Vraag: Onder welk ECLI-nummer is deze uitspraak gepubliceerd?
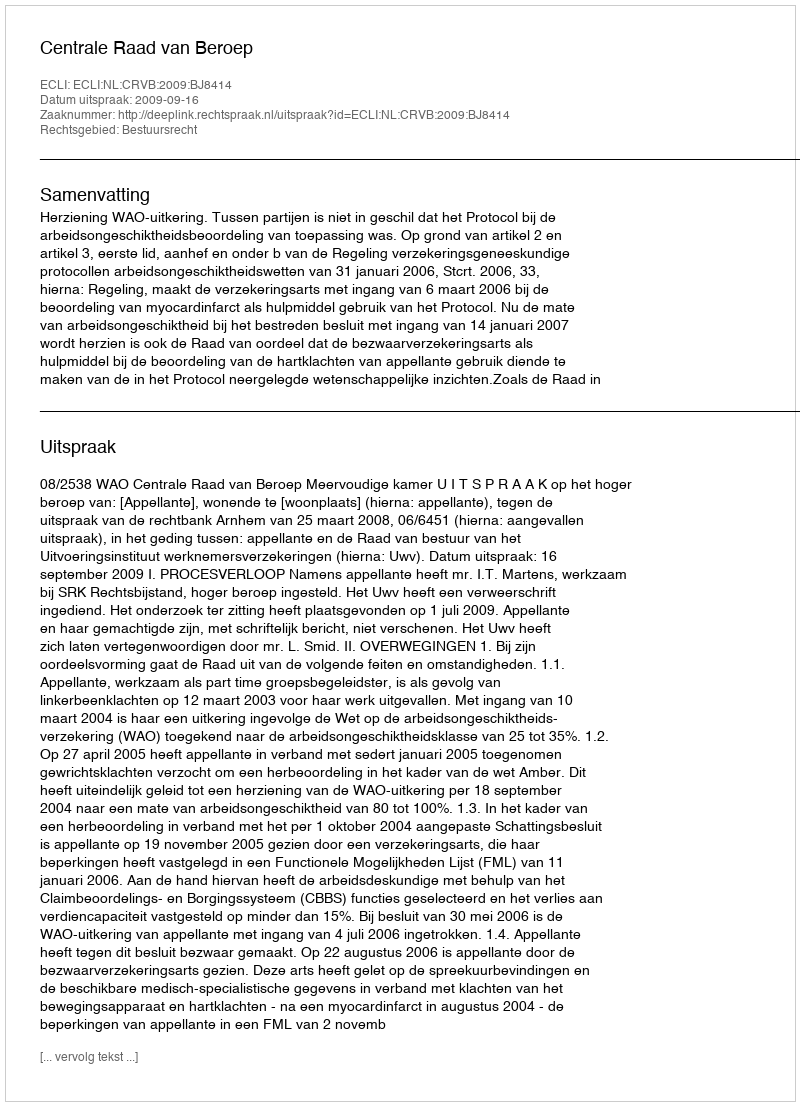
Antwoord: ECLI:NL:CRVB:2009:BJ8414